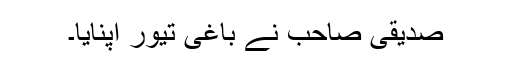
صدیقی صاحب نے باغی تیور اپنایا۔